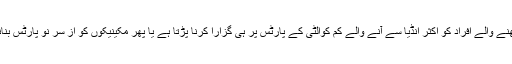
لاہور میں ویسپا رکھنے والے افراد کو اکثر انڈیا سے آنے والے کم کوالٹی کے پارٹس پر ہی گزارا کرنا پڑتا ہے یا پھر مکینیکوں کو از سر نو پارٹس بنانے کا کہنا پڑتا ہے۔